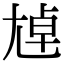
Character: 𡯴